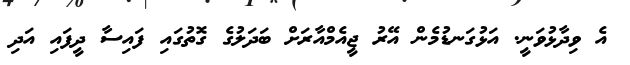
އެ ވިދާޅުވަނީ. އަޅުގަނޑުމެން އޭރު ޖީއެމްއާރަށް ބަދަލުގެ ގޮތުގައި ފައިސާ ދީފައި އަދި